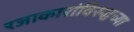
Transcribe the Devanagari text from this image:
रजाकारांविरुद्धच्या